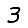
Digit: 3